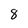
Character: 8